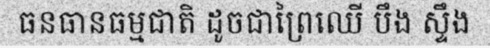
ធនធានធម្មជាតិ ដូចជាព្រៃឈើ បឹង ស្ទឹង